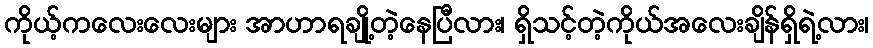
ကိုယ့်ကလေးလေးများ အာဟာရချို့တဲ့နေပြီလား၊ ရှိသင့်တဲ့ကိုယ်အလေးချိန်ရှိရဲ့လား၊